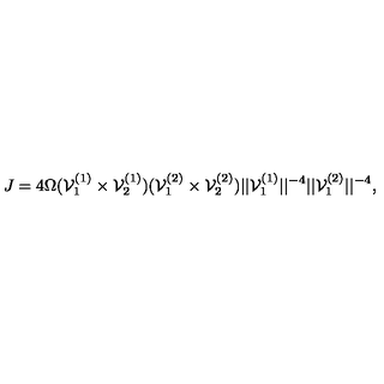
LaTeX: J = 4 \Omega ( { \cal V } _ { 1 } ^ { ( 1 ) } \times { \cal V } _ { 2 } ^ { ( 1 ) } ) ( { \cal V } _ { 1 } ^ { ( 2 ) } \times { \cal V } _ { 2 } ^ { ( 2 ) } ) | | { \cal V } _ { 1 } ^ { ( 1 ) } | | ^ { - 4 } | | { \cal V } _ { 1 } ^ { ( 2 ) } | | ^ { - 4 } ,